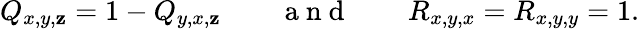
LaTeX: Q_{x,y,\mathbf{z}}=1-Q_{y,x,\mathbf{z}}\mathrm{{~~~~~~~~~a~n~d~~~~~~~~~}}R_{x,y,x}=R_{x,y,y}=1.